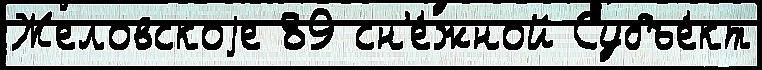
Желовскоjе 89 сн'е́жной Субъе́кт